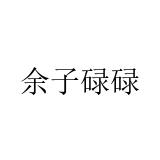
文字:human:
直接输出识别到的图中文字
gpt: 余子碌碌